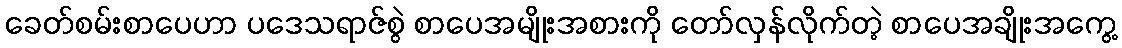
ခေတ်စမ်းစာပေဟာ ပဒေသရာဇ်စွဲ စာပေအမျိုးအစားကို တော်လှန်လိုက်တဲ့ စာပေအချိုးအကွေ့